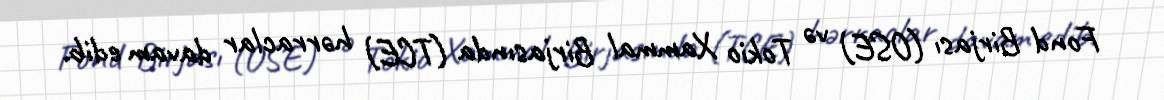
Fond Birjası (OSE) və Tokio Xammal Birjasında (TCE) hərraclar davam edib.